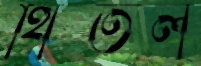
থিতল